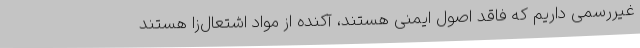
غیررسمی داریم که فاقد اصول ایمنی هستند، آکنده از مواد اشتعال‌زا هستند